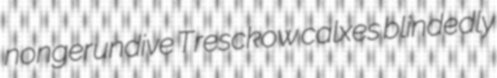
nongerundive Tresckow calxes blindedly